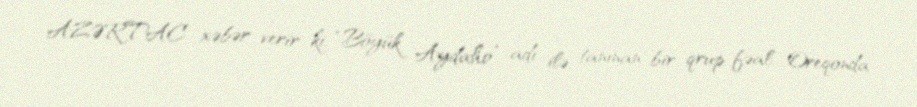
AZƏRTAC xəbər verir ki, “Böyük Aydaho” adı ilə tanınan bir qrup fəal Oreqonda